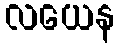
လယေန